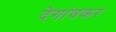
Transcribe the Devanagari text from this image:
देगांवकर